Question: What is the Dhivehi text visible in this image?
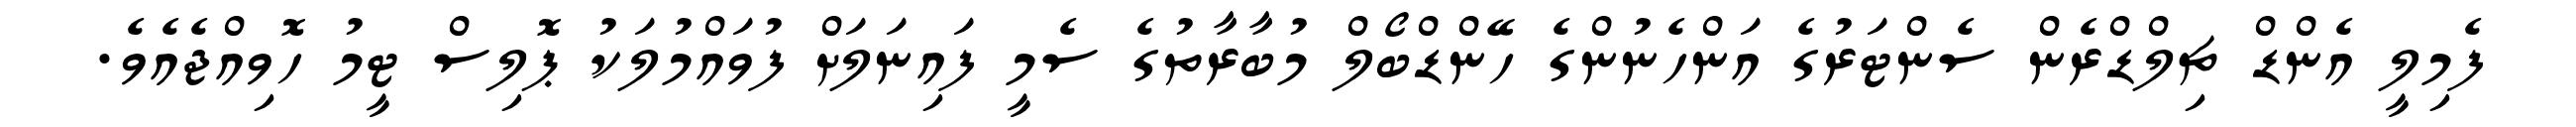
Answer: ފެމިލީ އެންޑް ޗިލްޑްރެން ސެންޓަރުގެ އަންހެނުންގެ ހޭންޑްބޯލް މުބާރާތުގެ ސެމީ ފައިނަލަށް ފުވައްމުލަކު ޕޮލިސް ޓީމު ހޮވިއްޖެއެވެ.